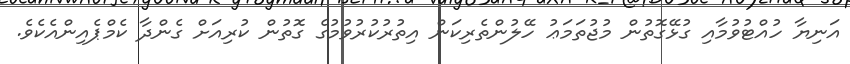
އަނިޔާ ހުއްޓުވުމާއި ގުޅޭގޮތުން މުޖުތަމަޢު ހޭލުންތެރިކަން އިތުރުކުރުވުމުގެ ގޮތުން ކުރިއަށް ގެންދާ ކެމްޕެއިންއެކެވެ.